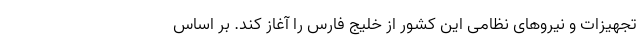
تجهیزات و نیروهای نظامی این کشور از خلیج فارس را آغاز کند. بر اساس